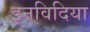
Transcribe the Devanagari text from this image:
इनविदिया